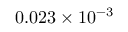
0 . 0 2 3 \times 1 0 ^ { - 3 }